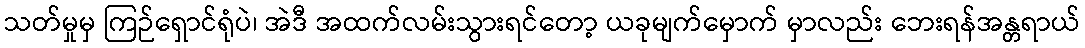
သတ်မှုမှ ကြဉ်ရှောင်ရုံပဲ၊ အဲဒီ အထက်လမ်းသွားရင်တော့ ယခုမျက်မှောက် မှာလည်း ဘေးရန်အန္တရာယ်